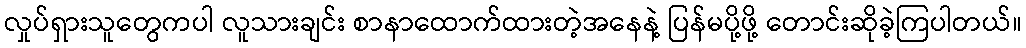
လှုပ်ရှားသူတွေကပါ လူသားချင်း စာနာထောက်ထားတဲ့အနေနဲ့ ပြန်မပို့ဖို့ တောင်းဆိုခဲ့ကြပါတယ်။